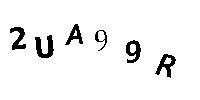
2UA99R